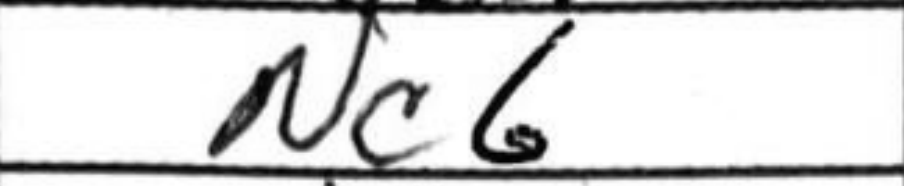
Transcription: Nc6